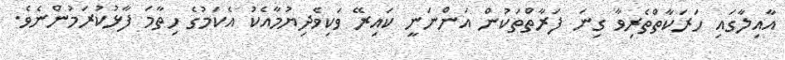
އާއިލާގައި ހަރަކާތްތެރިވާ ގިނަ ފަރާތްތަކުން އަންނަނީ ކައިރޭ ވަކިވެދިޔުމާއެކު އެކަމުގެ ހިތާމަ ފާޅުކުރަމުންނެވެ.